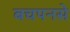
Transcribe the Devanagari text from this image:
बचपनसे